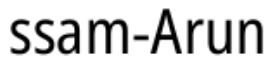
ssam-Arun